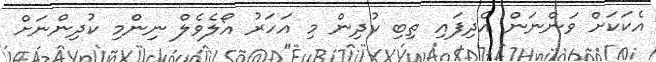
އެކަކަށް ވަންނަން އެދިފައި ތިބި ކުދިން މި އަހަރު އޯލެވެލް ނިންމި ކުދިންނަށް